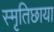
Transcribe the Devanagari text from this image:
स्मृतिछाया